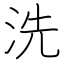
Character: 洗